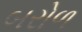
બરોળ